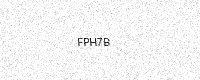
Text: FPH7B